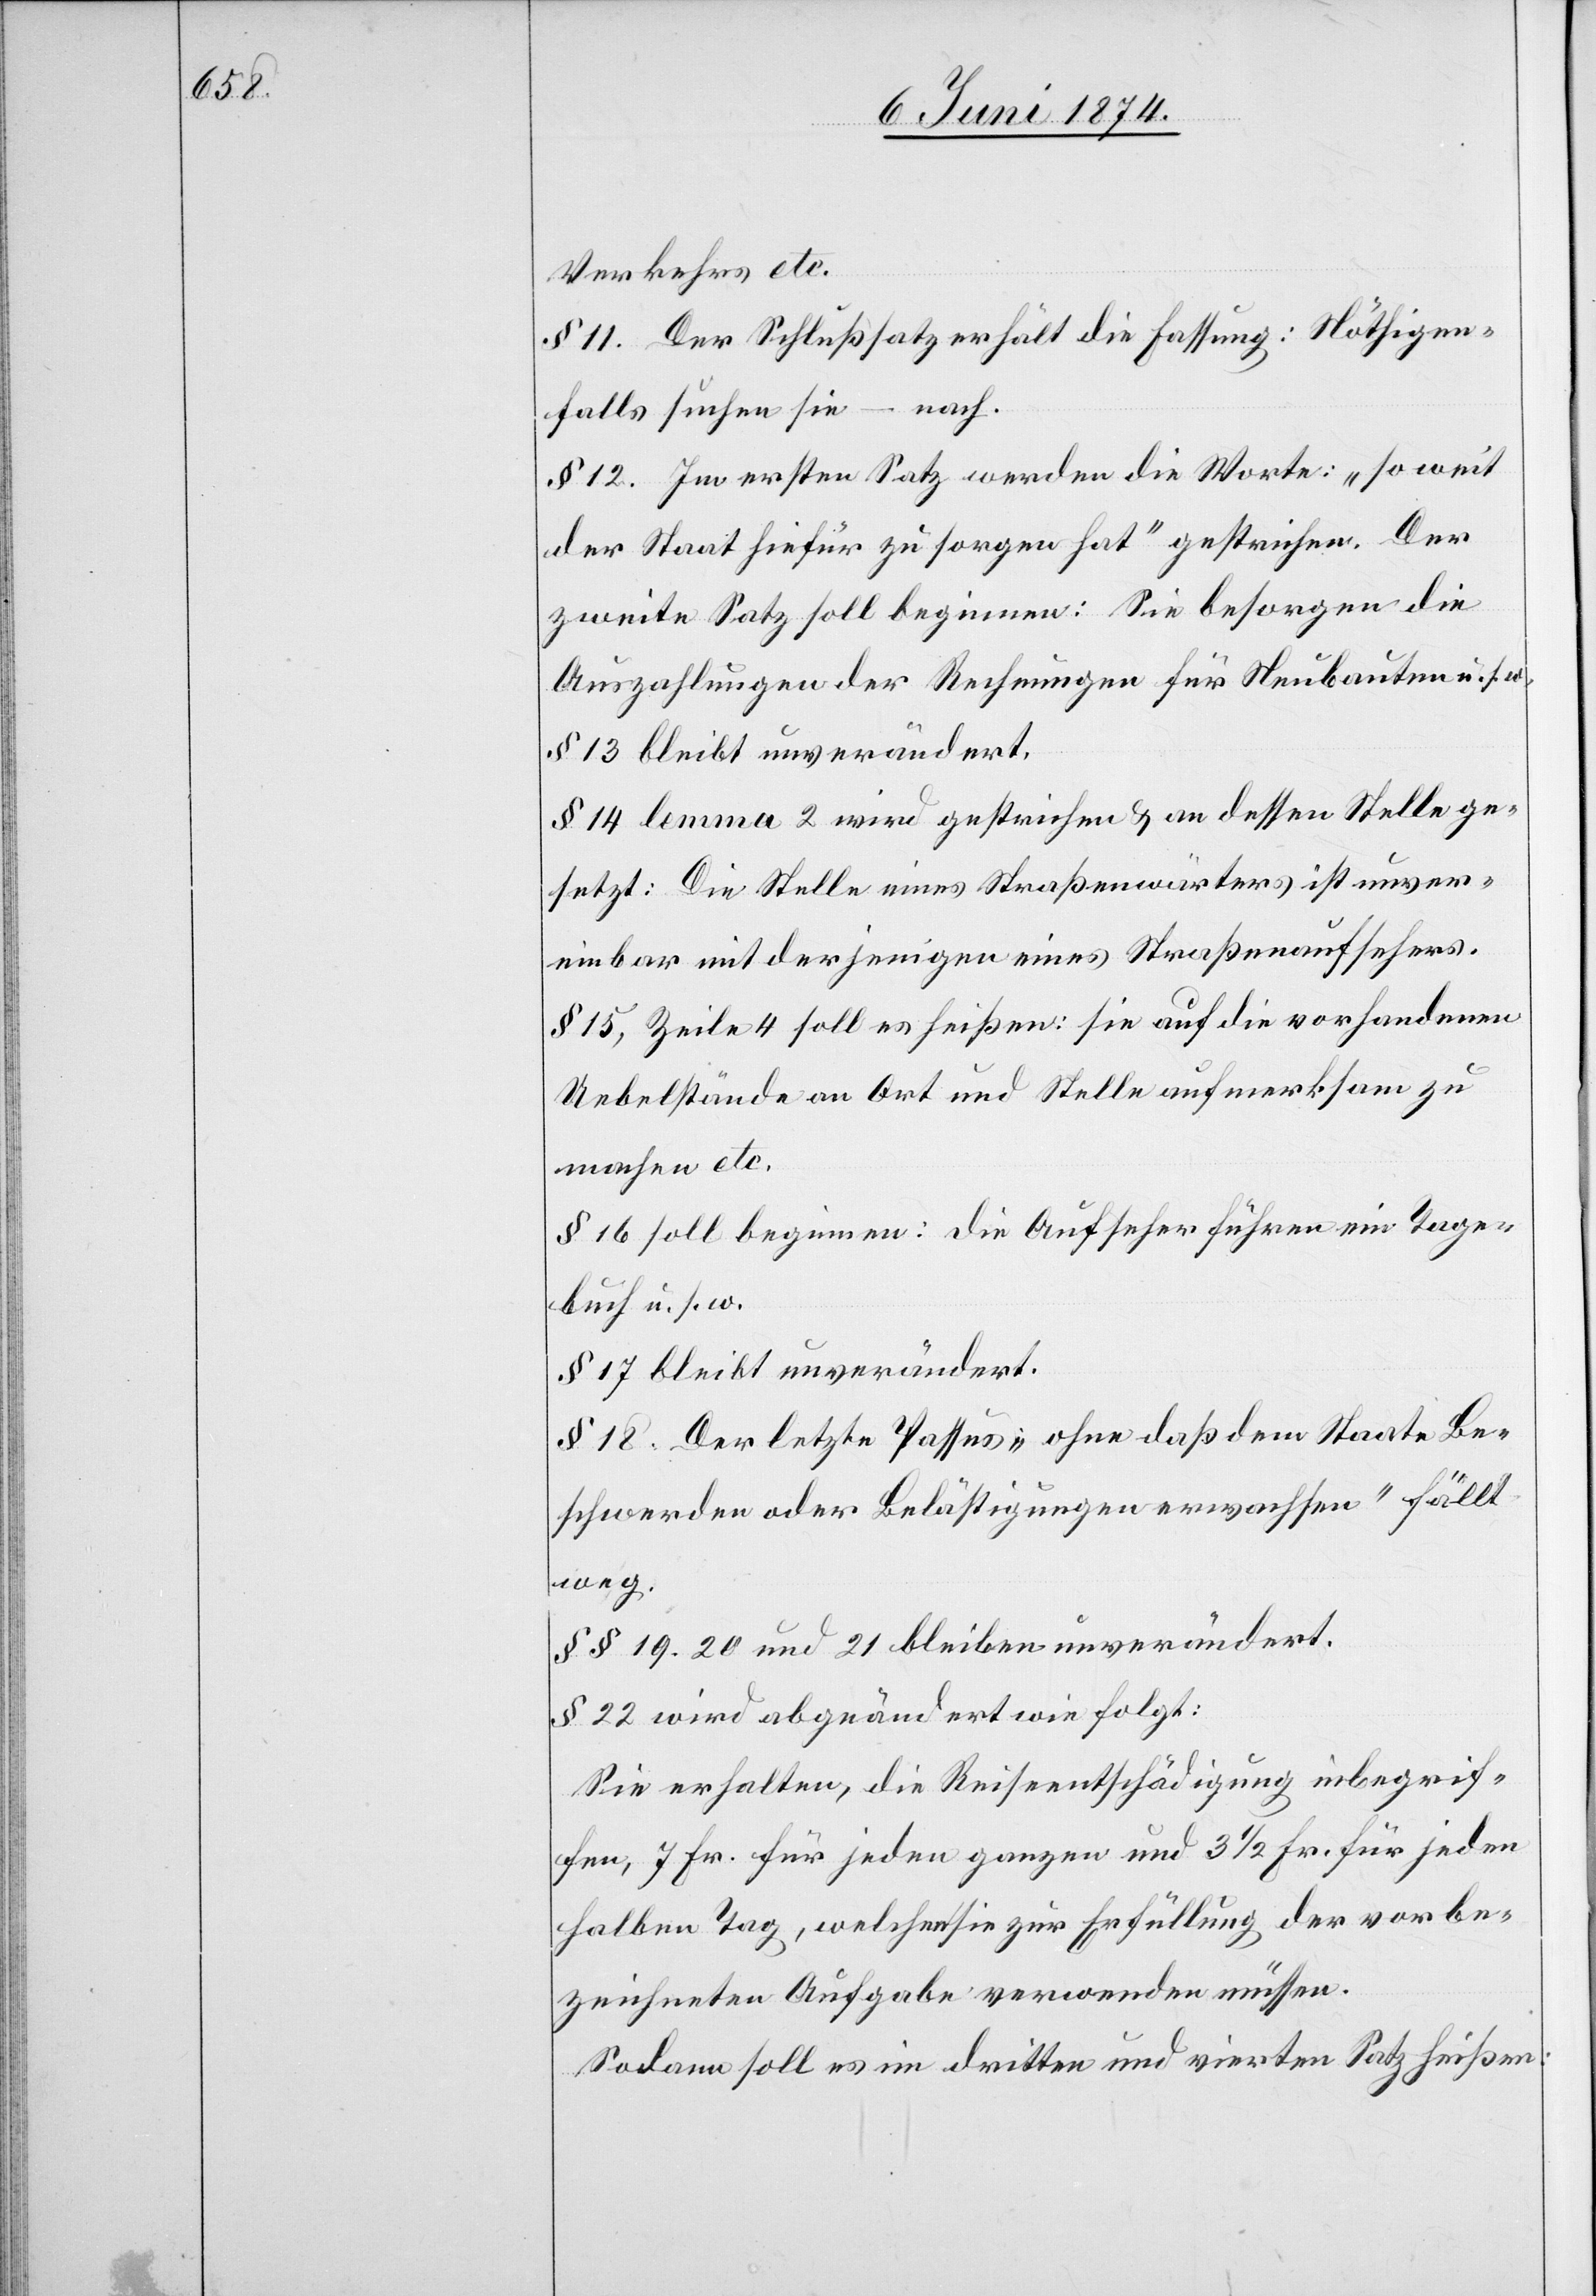
Verkehrs etc.
§ 11. Der Schlußsatz erhält die Fassung: Nöthigen¬
falls suchen sie – nach.
§ 12. Im ersten Satz werden die Worte: „so weit
der Staat hiefür zu sorgen hat“ gestrichen. Der
zweite Satz soll beginnen: Sie besorgen die
Auszahlungen der Rechnungen für Neubauten u. s.
§ 13 bleibt unverändert.
§ 14 lemma 2 wird gestrichen u. an dessen Stelle ge¬
setzt: Die Stelle eines Straßenwärters ist unver¬
einbar mit derjenigen eines Straßenaufsehers.
§ 15, Zeile 4 soll es heißen: sie auf die vorhandenen
Uebelstände an Ort und Stelle aufmerksam zu¬
machen etc.
§ 16 soll beginnen: die Aufseher führen ein Tage¬
buch u. s. w.
§ 17 bleibt unverändert.
§ 18. Der letzte Passus: „ohne daß dem Staate Be¬
schwerden oder Belästigungen erwachsen“ fällt
weg.
§§ 19, 20 und 21 bleiben unverändert.
§ 22 wird abgeändert wie folgt:
Sie erhalten, die Reiseentschädigung inbegrif¬
fen, 7 Fr. für jeden ganzen und 3 1/2 Fr. für jeden
halben Tag, welchen sie zur Erfüllung der vorbe¬
zeichneten Aufgabe verwenden müssen.
Sodann soll es im dritten und vierten Satz heißen: